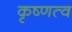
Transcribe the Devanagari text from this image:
कृष्णत्व